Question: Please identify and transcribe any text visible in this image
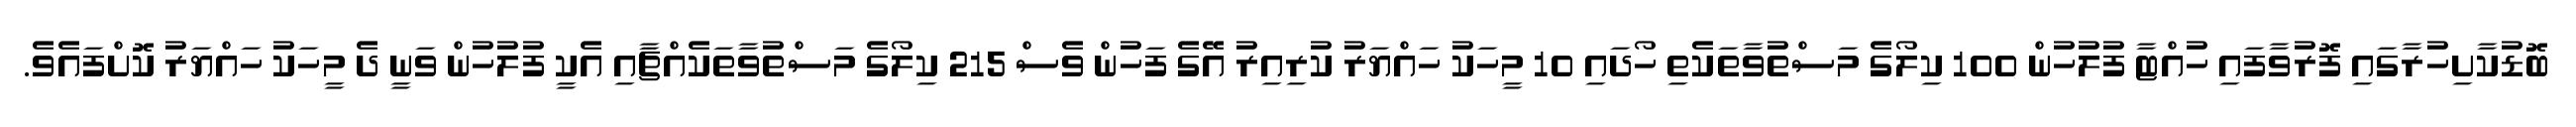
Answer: ބޮޑުކާށިހުރާގައި ފޮރުވާފައި ހުއްޓާ ފުލުހުން 100 ކިލޯގެ މަސްތުވާތަކެތި ހޯދައި 10 މީހަކު ހައްޔަރު ކުރިއިރު އޭގެ ފަހުން ވެސް 215 ކިލޯގެ މަސްތުވާތަކެއްޗާއި އެކީ ފުލުހުން ވަނީ ދެ މީހަކު ހައްޔަރު ކޮށްފައެވެ.